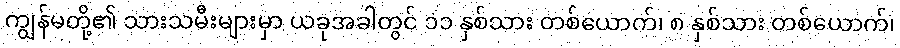
ကျွန်မတို့၏ သားသမီးများမှာ ယခုအခါတွင် ၁၁ နှစ်သား တစ်ယောက်၊ ၈ နှစ်သား တစ်ယောက်၊